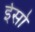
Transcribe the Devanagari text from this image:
ईसो